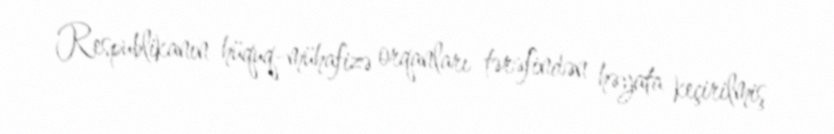
Respublikanın hüquq-mühafizə orqanları tərəfindən həyata keçirilmiş